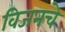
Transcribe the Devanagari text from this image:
विजनचे